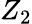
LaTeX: Z_{2}